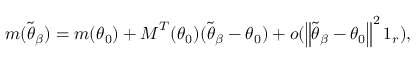
\boldsymbol { m } ( \widetilde { \boldsymbol { \theta } } _ { \beta } ) = \boldsymbol { m } ( \boldsymbol { \theta } _ { 0 } ) + \boldsymbol { M } ^ { T } ( \boldsymbol { \theta } _ { 0 } ) ( \widetilde { \boldsymbol { \theta } } _ { \beta } - \boldsymbol { \theta } _ { 0 } ) + o ( \left\Vert \widetilde { \boldsymbol { \theta } } _ { \beta } - \boldsymbol { \theta } _ { 0 } \right\Vert ^ { 2 } \boldsymbol { 1 } _ { r } ) ,